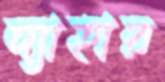
দ্যাহার